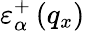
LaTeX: \varepsilon_{\alpha}^{+}\left({{q}_{x}}\right)